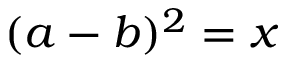
( a - b ) ^ { 2 } = x \,